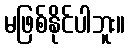
မဖြစ်နိုင်ပါဘူး။